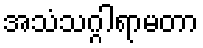
အသံသဂ္ဂါရာမတာ